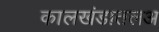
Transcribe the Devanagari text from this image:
कालखंडातलअ